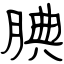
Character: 腆